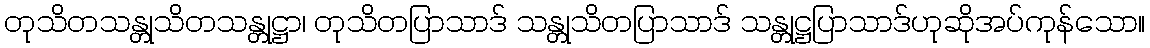
တုသိတသန္တုသိတသန္တုဋ္ဌာ၊ တုသိတပြာသာဒ် သန္တုသိတပြာသာဒ် သန္တုဋ္ဌပြာသာဒ်ဟုဆိုအပ်ကုန်သော။